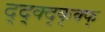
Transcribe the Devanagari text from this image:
द्द्क्द्क्क्फ्